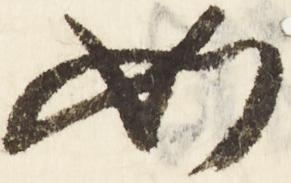
如